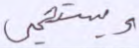
ويستحيي